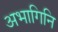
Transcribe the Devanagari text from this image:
अभागिनि